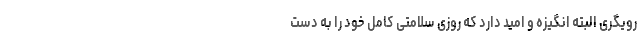
رویگری البته انگیزه و امید دارد که روزی سلامتی کامل خود را به دست